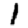
Digit: 1